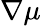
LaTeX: \nabla\mu